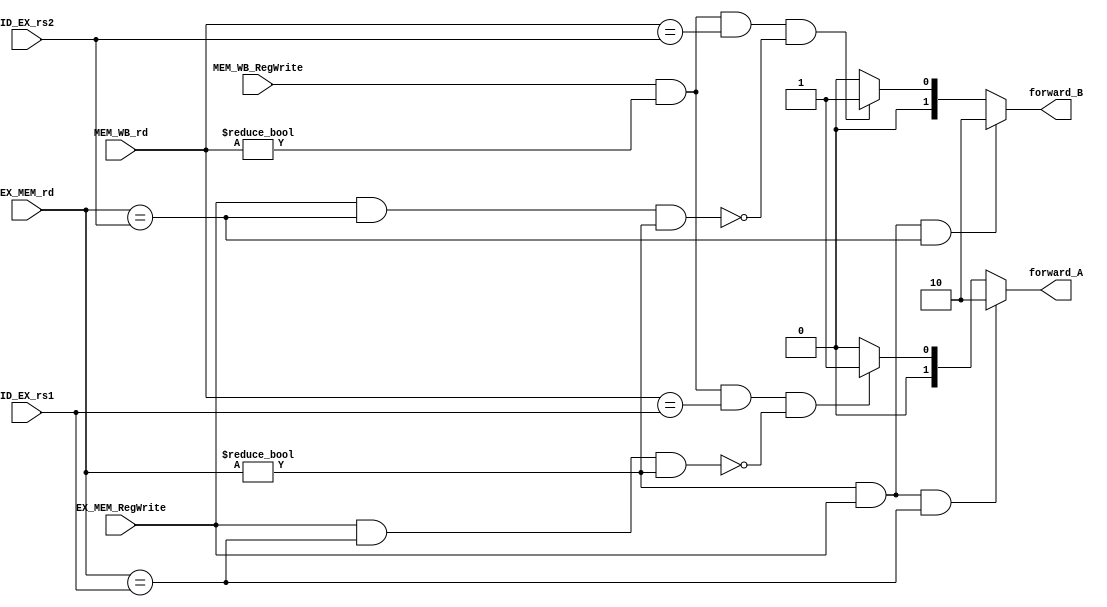
module forwarding_Unit(
    input [4:0] ID_EX_rs1, ID_EX_rs2,
	input [4:0] EX_MEM_rd,
	input EX_MEM_RegWrite,
	input [4:0] MEM_WB_rd,
	input MEM_WB_RegWrite,
  output reg [1:0] forward_A, forward_B

);
  always @(*)
      begin
        //For forward A
         //Example--> add x19, x0, x1 (x19 (rd) in EX/MEM) and sub x12. x19, x3 (x19 (rs1)in ID/EX)
        //add x19, x0, x1 => 0000000|00001|00000|000|10011|0110011
        //sub x12. x19, x3 => 0100000|00011|10011|000|01100|0110011
        if (EX_MEM_rd != 0 && EX_MEM_RegWrite == 1 && EX_MEM_rd == ID_EX_rs1)
            forward_A = 2'b10;
        
		else if (MEM_WB_RegWrite == 1 && MEM_WB_rd != 0 && MEM_WB_rd == ID_EX_rs1 && !(EX_MEM_RegWrite == 1 && EX_MEM_rd == ID_EX_rs1 && EX_MEM_rd != 0))
			forward_A = 2'b01;
        
		else
			forward_A = 2'b00;
		
        //For forward B
        if (EX_MEM_rd != 0 && EX_MEM_RegWrite == 1 && EX_MEM_rd == ID_EX_rs2)
            forward_B = 2'b10;
        
        else if (MEM_WB_RegWrite == 1 && MEM_WB_rd != 0 && MEM_WB_rd == ID_EX_rs2 && !(EX_MEM_RegWrite == 1 && EX_MEM_rd == ID_EX_rs2 && EX_MEM_rd != 0))
        	forward_B = 2'b01;
        
        else 
            forward_B = 2'b00;
        
      end
endmodule